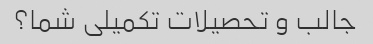
جالب و تحصیلات تکمیلی شما؟